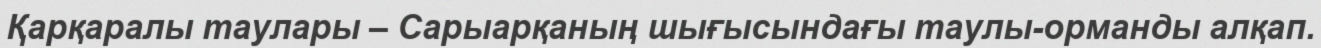
Қарқаралы таулары – Сарыарқаның шығысындағы таулы-орманды алқап.